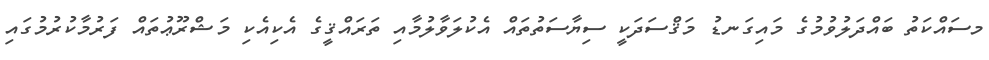
މސައްކަތު ބައްދަލުވުމުގެ މައިގަނޑު މަޤްސަދަކީ ސިޔާސަތުތައް އެކުލަވާލުމާއި ތަރައްޤީގެ އެކިއެކި މަޝްރޫޢުތައް ފަރުމާކުރުމުގައި